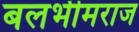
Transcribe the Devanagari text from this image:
बलभीमराज